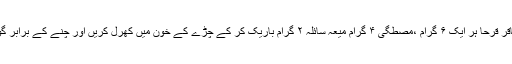
زعفران ،عاقر قرحا ہر ایک ۶ گرام ،مصطگی ۴ گرام میعہ سائلہ ۲ گرام باریک کر کے چڑے کے خون میں کھرل کریں اور چنے کے برابر گولیاں بنائیں۔